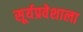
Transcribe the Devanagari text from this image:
सूर्यप्रवेशाला